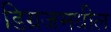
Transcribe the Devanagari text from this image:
डिग्रजमधील